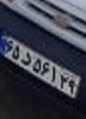
۶۵د۵۶۱۲۹